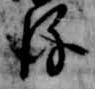
後